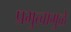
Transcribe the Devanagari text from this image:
प्रभुत्वामुळे